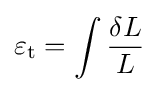
\varepsilon _{\mathrm {t} }=\int {\frac {\delta L}{L}}